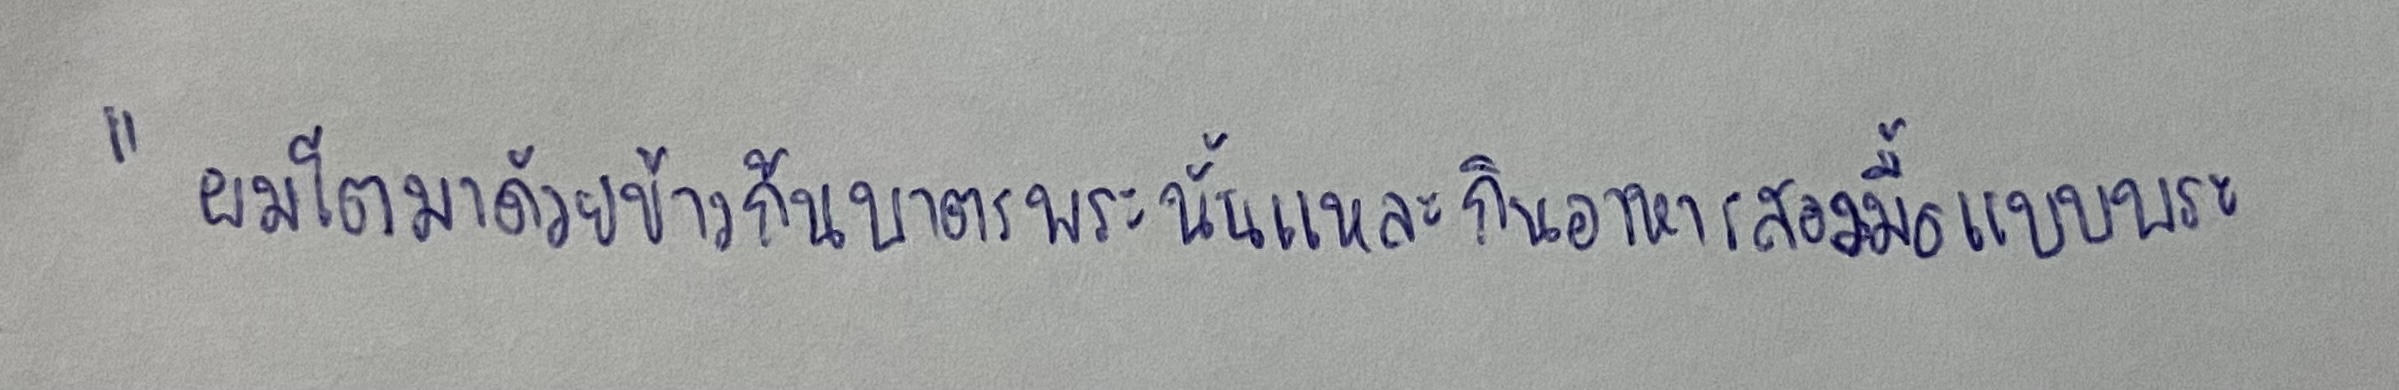
"ผมโตมาด้วยข้าวก้นบาตรพระนั่นแหละกินอาหารสองมื้อแบบพระ